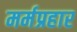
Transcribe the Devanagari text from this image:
मर्मप्रहार